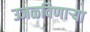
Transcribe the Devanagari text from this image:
उजळविणार्‍या